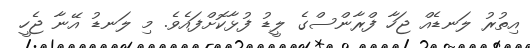
އިތުރު ލަނޑެއް ޖަހާ ފްރާންސްގެ ލީޑު ފުޅާކޮށްފައެވެ. މި ލަނޑު އޭނާ ޖެހީ